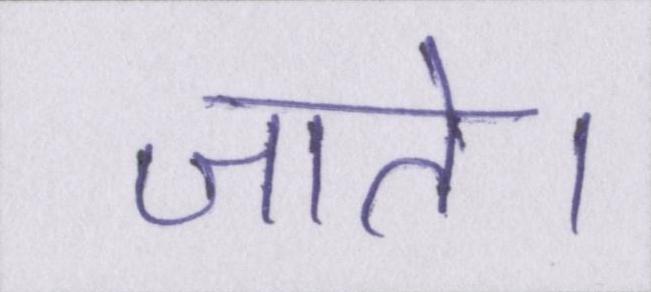
जाते।